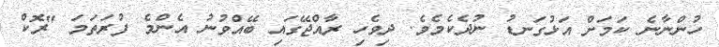
ހުންނާނެ ކަމަށް އަޅުގަނޑު ނުދެކެމެވެ. ދިވެހި ރާއްޖޭގައި ބޭއްވުނު އެންމެ ފުރަތަމަ "ރޮކް